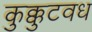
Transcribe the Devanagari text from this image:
कुक्कुटवध